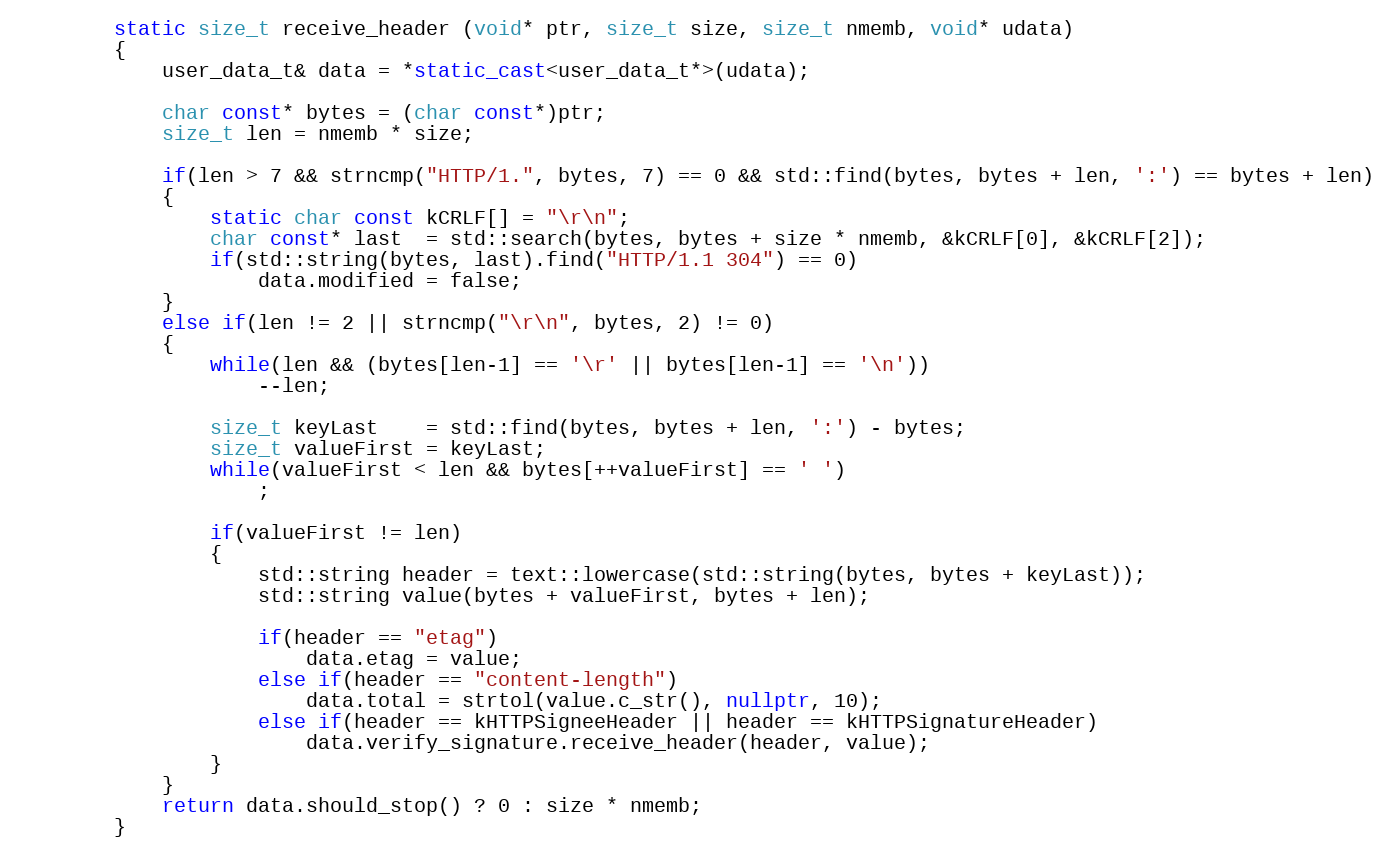
Language: C++
		static size_t receive_header (void* ptr, size_t size, size_t nmemb, void* udata)
		{
			user_data_t& data = *static_cast<user_data_t*>(udata);

			char const* bytes = (char const*)ptr;
			size_t len = nmemb * size;

			if(len > 7 && strncmp("HTTP/1.", bytes, 7) == 0 && std::find(bytes, bytes + len, ':') == bytes + len)
			{
				static char const kCRLF[] = "\r\n";
				char const* last  = std::search(bytes, bytes + size * nmemb, &kCRLF[0], &kCRLF[2]);
				if(std::string(bytes, last).find("HTTP/1.1 304") == 0)
					data.modified = false;
			}
			else if(len != 2 || strncmp("\r\n", bytes, 2) != 0)
			{
				while(len && (bytes[len-1] == '\r' || bytes[len-1] == '\n'))
					--len;

				size_t keyLast    = std::find(bytes, bytes + len, ':') - bytes;
				size_t valueFirst = keyLast;
				while(valueFirst < len && bytes[++valueFirst] == ' ')
					;

				if(valueFirst != len)
				{
					std::string header = text::lowercase(std::string(bytes, bytes + keyLast));
					std::string value(bytes + valueFirst, bytes + len);

					if(header == "etag")
						data.etag = value;
					else if(header == "content-length")
						data.total = strtol(value.c_str(), nullptr, 10);
					else if(header == kHTTPSigneeHeader || header == kHTTPSignatureHeader)
						data.verify_signature.receive_header(header, value);
				}
			}
			return data.should_stop() ? 0 : size * nmemb;
		}